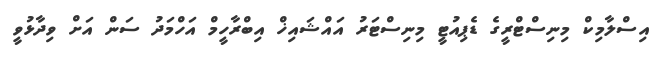
އިސްލާމިކް މިނިސްޓްރީގެ ޑެޕިއުޓީ މިނިސްޓަރު އައްޝައިޚް އިބްރާހީމް އަހްމަދު ސަން އަށް ވިދާޅުވީ